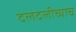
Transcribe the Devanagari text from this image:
दलदलीच्याच